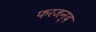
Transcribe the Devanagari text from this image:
फरजन्द